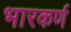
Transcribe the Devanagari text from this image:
भारकर्ण